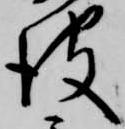
彼